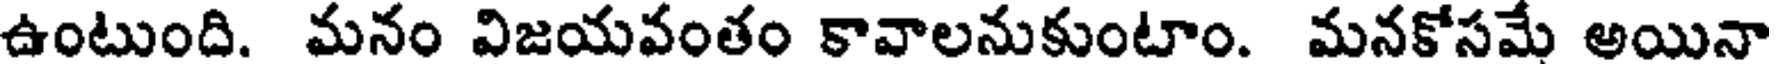
ఉంటుంది. మనం విజయవంతం కావాలనుకుంటాం. మనకోసమే అయినా